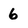
Character: 6